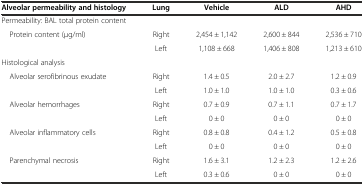
<table><thead><tr><td><b>Alveolar permeability and histology</b></td><td><b>Lung</b></td><td><b>Vehicle</b></td><td><b>ALD</b></td><td><b>AHD</b></td></tr></thead><tbody><tr><td>Permeability: BAL total protein content</td><td></td><td></td><td></td><td></td></tr><tr><td rowspan="2"> Protein content (μg/ml)</td><td>Right</td><td>2,454 ± 1,142</td><td>2,600 ± 844</td><td>2,536 ± 710</td></tr><tr><td>Left</td><td>1,108 ± 668</td><td>1,406 ± 808</td><td>1,213 ± 610</td></tr><tr><td>Histological analysis</td><td></td><td></td><td></td><td></td></tr><tr><td rowspan="2"> Alveolar serofibrinous exudate</td><td>Right</td><td>1.4 ± 0.5</td><td>2.0 ± 2.7</td><td>1.2 ± 0.9</td></tr><tr><td>Left</td><td>1.0 ± 1.0</td><td>1.0 ± 1.0</td><td>0.3 ± 0.6</td></tr><tr><td rowspan="2"> Alveolar hemorrhages</td><td>Right</td><td>0.7 ± 0.9</td><td>0.7 ± 1.1</td><td>0.7 ± 1.7</td></tr><tr><td>Left</td><td>0 ± 0</td><td>0 ± 0</td><td>0 ± 0</td></tr><tr><td rowspan="2"> Alveolar inflammatory cells</td><td>Right</td><td>0.8 ± 0.8</td><td>0.4 ± 1.2</td><td>0.5 ± 0.8</td></tr><tr><td>Left</td><td>0 ± 0</td><td>0 ± 0</td><td>0 ± 0</td></tr><tr><td rowspan="2"> Parenchymal necrosis</td><td>Right</td><td>1.6 ± 3.1</td><td>1.2 ± 2.3</td><td>1.2 ± 2.6</td></tr><tr><td>Left</td><td>0.3 ± 0.6</td><td>0 ± 0</td><td>0 ± 0</td></tr></tbody></table>